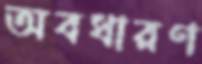
অবধারণ